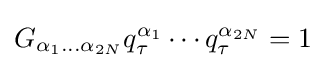
G_{\alpha _{1}\ldots \alpha _{2N}}q_{\tau }^{\alpha _{1}}\cdots q_{\tau }^{\alpha _{2N}}=1